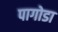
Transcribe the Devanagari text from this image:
पागोडा